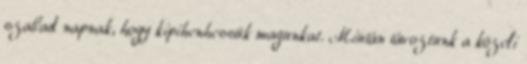
szabad napnak, hogy kipihenhessük magunkat. Miután távoztunk a közeli